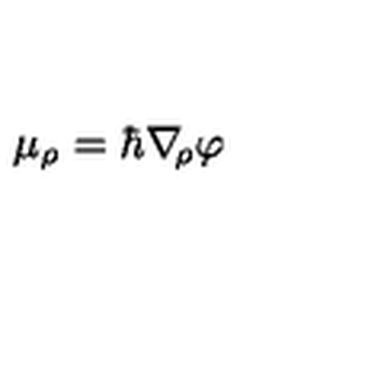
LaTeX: \mu _ { \rho } = \hbar \nabla \! _ { \rho } \varphi